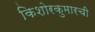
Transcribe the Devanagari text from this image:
किशोरकुमारची